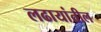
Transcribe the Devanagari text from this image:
लढायांतील